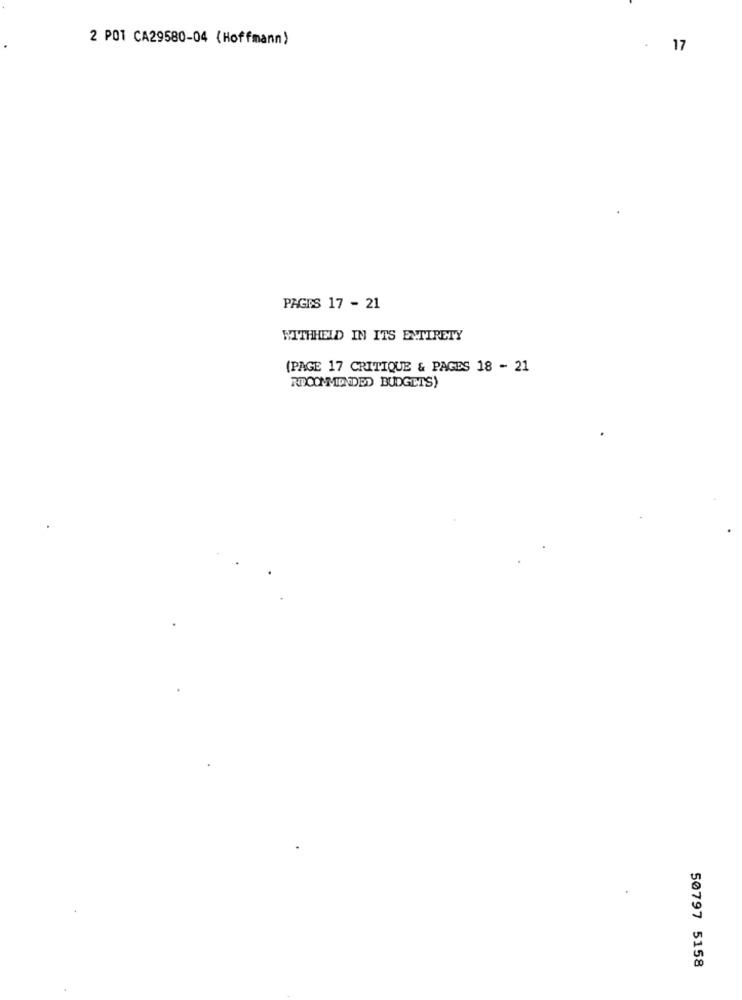
2 POT CA29580-04 (Hoffmann)
. 17
PAGES 17 - 21
WITHHELD IN ITS ENTIRETY
(PAGE 17 CRITIQUE & PAGES 18 - 21
RECOMMENDED BUDGETS)
50797 5158